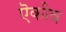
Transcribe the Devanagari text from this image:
ऎकीव